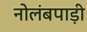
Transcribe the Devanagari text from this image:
नोलंबपाड़ी